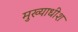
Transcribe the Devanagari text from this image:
मुख्याधीश